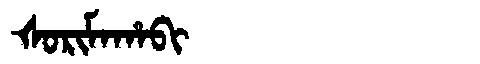
Manchu: ᡧᠣᡵᡳᠮᠠᡥᠠᠪᡳ
Romanization: ŠORIMAHABI